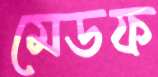
মেডফ